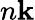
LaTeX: n\mathbf k